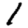
Digit: 1